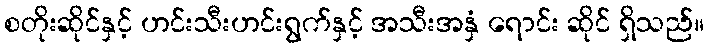
စတိုးဆိုင်နှင့် ဟင်းသီးဟင်းရွက်နှင့် အသီးအနှံ ရောင်း ဆိုင် ရှိသည်။